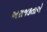
અરાજકતાએ